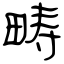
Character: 畴